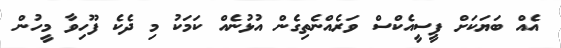
އެއް ބަޔަކަށް ޕީސީއެކްސް ވަރެއްނެތިގެން އުޅުނެއް ކަމަކު މި ދެކެ ފޫހިވާ މީހުން